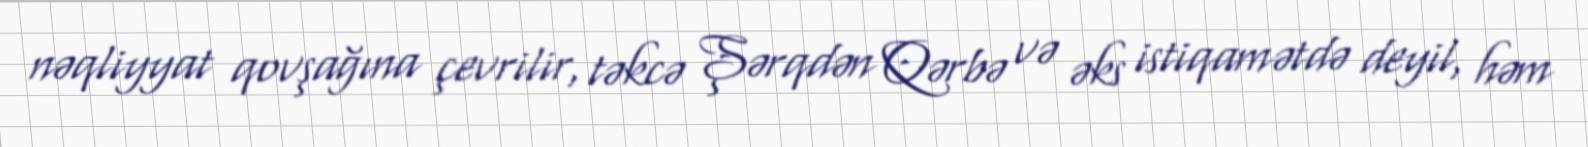
nəqliyyat qovşağına çevrilir, təkcə Şərqdən Qərbə və əks istiqamətdə deyil, həm